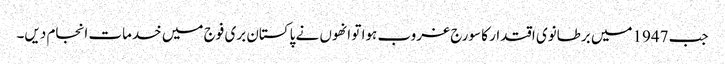
جب 1947میں برطانوی اقتدار کا سورج غروب ہوا تو انھوں نے پاکستان بری فوج میں خدمات انجام دیں۔